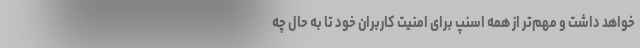
خواهد داشت و مهم‌تر از همه اسنپ برای امنیت کاربران خود تا به حال چه